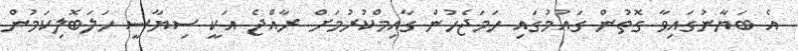
އެ ބަޔާނުގައިވާ ގޮތުން ގައުމުގައި ހަމަޖެހުން ގާއިމްކުރުމަށް ރާއްޖެ އަކީ ސިޔާސީ ހަލަބޮލިކަމުން